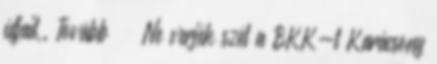
útjait,. Tovább › ›Ne verjék szét a BKK-t Karácsony